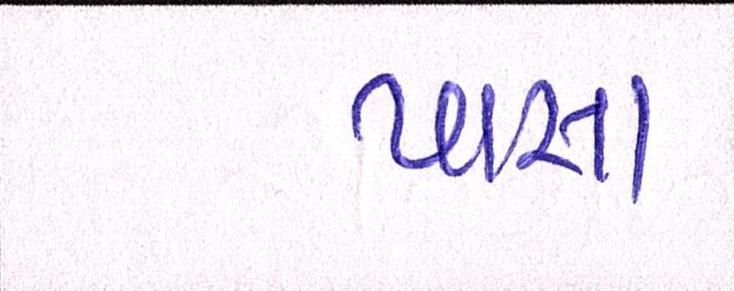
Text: પાસા